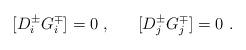
LaTeX: \begin{align*}[D^\pm_i G^\mp_i] = 0 ~, ~~~~~ [D^\pm_j G^\mp_j] = 0 ~.\end{align*}